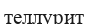
теллурит